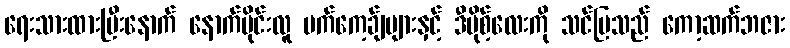
ရေးသားထားပြီးနောက် နောက်ပိုင်းလူ ပက်ကေ့ခ်ျများနှင့် ဒီပိုစ့်လေးကို သင်ပြသည် ကော့ဆက်ဘဇား